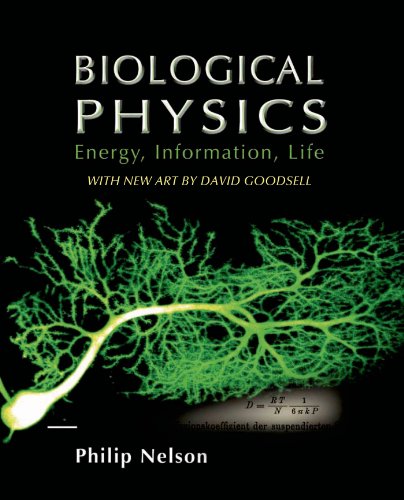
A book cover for Biological Physics: with New Art by David Goodsell; Philip Nelson; Science & Math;